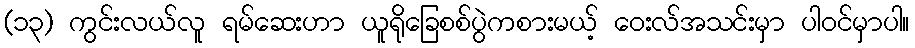
(၁၃) ကွင်းလယ်လူ ရမ်ဆေးဟာ ယူရိုခြေစစ်ပွဲကစားမယ့် ဝေးလ်အသင်းမှာ ပါဝင်မှာပါ။